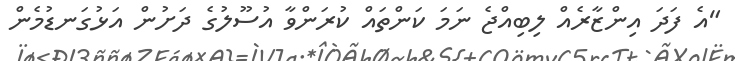
"އެ ފަދަ އިންޒާރެއް ލިބިއްޖެ ނަމަ ކަންތައް ކުރަންވާ އުސޫލުގެ ދަށުން އަޅުގަނޑުމެން